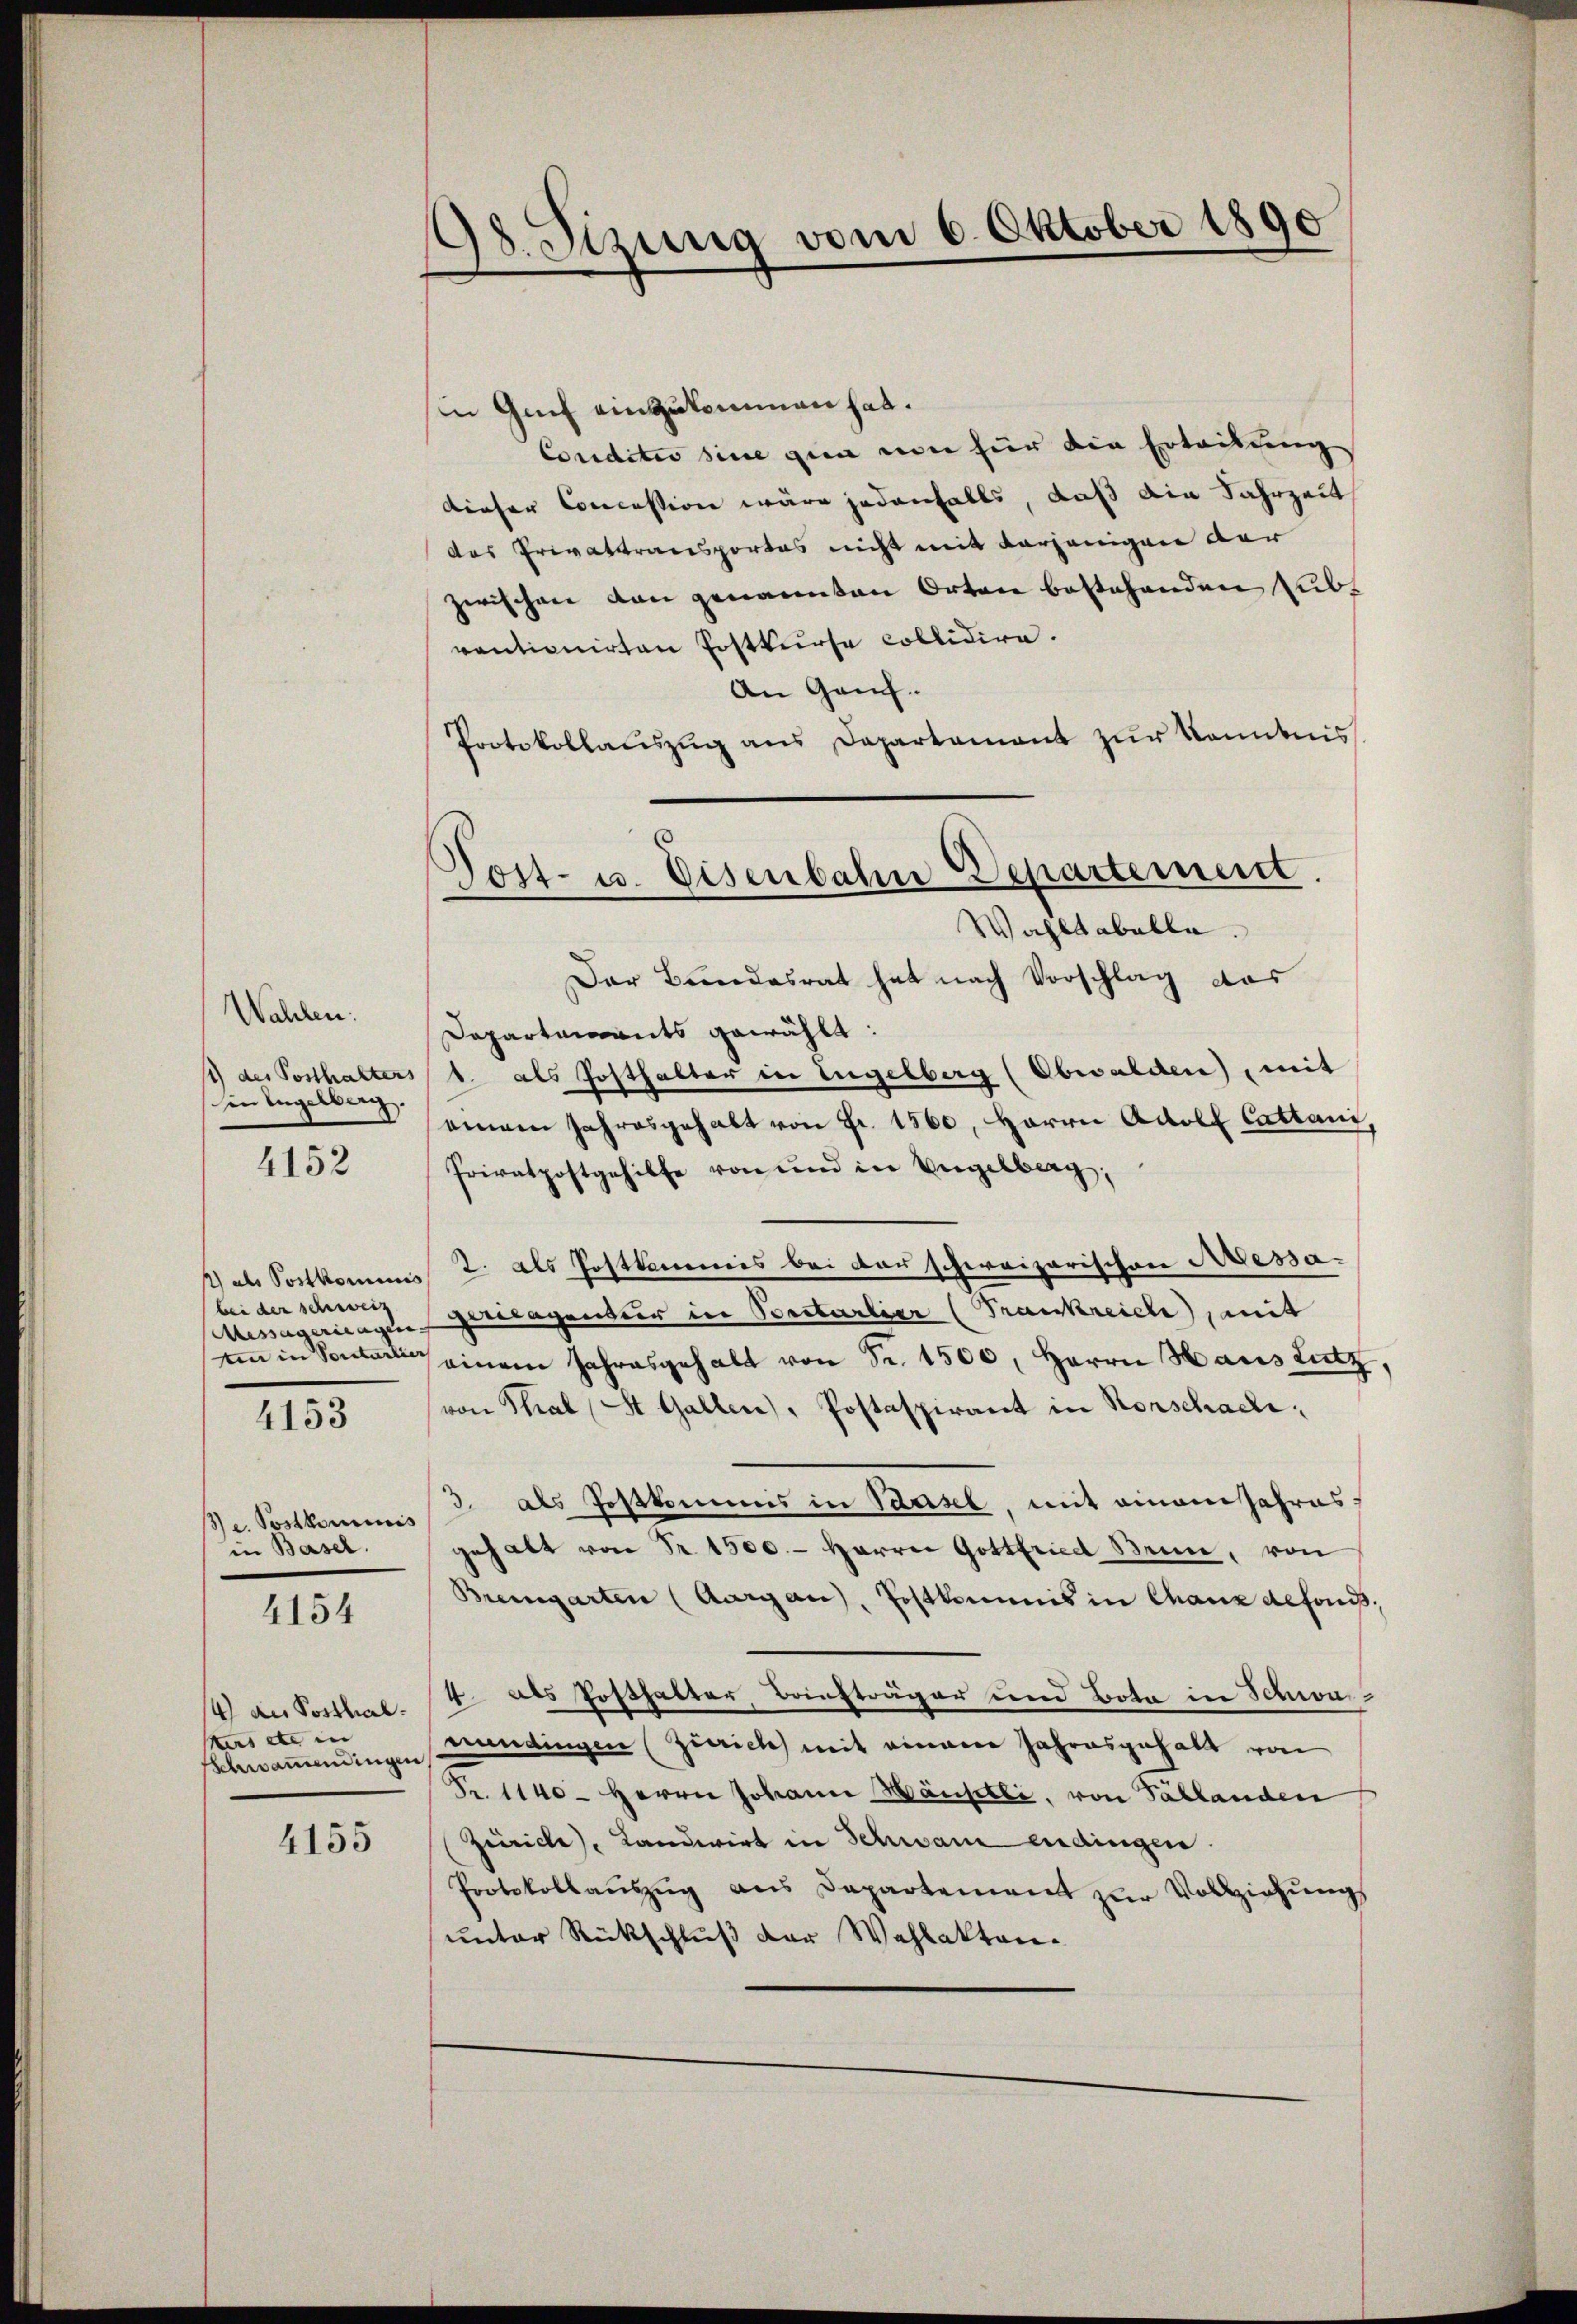
Wahlen:
1) des Posthalters
in Engelberg.
4152

1) als Postkommi
bei der schweiz
Aessägeringen
Ain in Sontarli

4153

e. Postkaminis
in Basel.

4154

4) an Posthalurs etc in |
Schwammendingen

4155

8. Sitzung vom 6. Oktober 1890
¬

in Gut einzukommen hat.
Conditio sine gin von für die Ertrittung
dieser Concession wäre jedenfalls, daß die Jahrzeit
das Privattransportes nicht mit vorjenigen der
zwischen von genannten Orten bestehenden Subventionirten Postkurse collidire.
An Ganz
Protokollauszug aus Departament zur Kenntnis
Der Bundesrat hat nach Vorschlag das
Departenants gewählt:
1. als Posthalter in Engelberg (Obwalden), mit
einem Jahresgehalt von Fr. 1560, Harre Adolf Cattani,
Privatpostgehilfe von und in Vergelberg,
2. als Postkammes bei der schweizerischen Messa-
¬
fegertragentur in Portarlier (Trankreiche, mit
seinem Jahresgehalt von Fr. 1500, Herrn Haus Lutz,
von Thal St. Gallen, Postaspirant in Rorschaeli¬
3. als Postkommis in Tausel, mit einem Jahres
gehalt von Fr. 1500.- Harrer Gottfried Brin, von
Bremgarten (Aargau, Postkommis in Chaux defonis,
4. als Posthalter, Bonsträger und Bota in Schwamundingen (Zürich mit einem Jahresgehalt von
Fr. 1140- Herrn Johann Häuschli, von Tallanden
Zürich), Landwirt in Schwam endingen.
Protokollaŭszŭg ans Departement zŭr Vollziehŭngs
unter Rückschluß der Wahlakten.

Post- u. Eisenbahn Departement.
Wahltabelle.